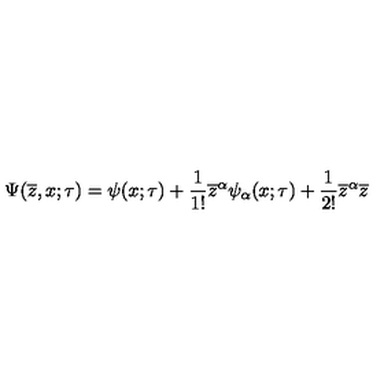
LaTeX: \Psi ( \overline { { z } } , x ; \tau ) = \psi ( x ; \tau ) + \frac { 1 } { 1 ! } \overline { { z } } ^ { \alpha } \psi _ { \alpha } ( x ; \tau ) + \frac { 1 } { 2 ! } \overline { { z } } ^ { \alpha } \overline { { z } }